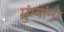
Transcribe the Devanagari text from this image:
मुंग्यांना